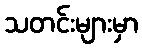
သတင်းများမှာ